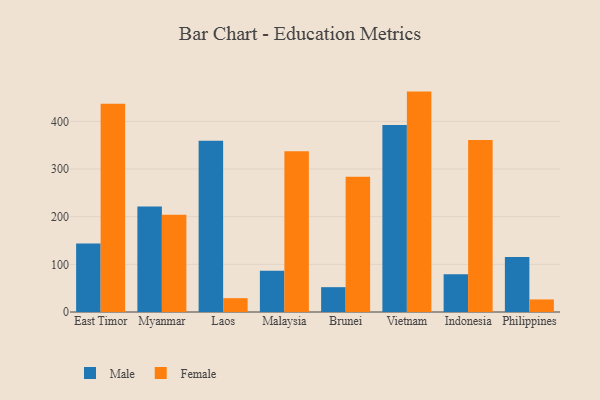
{"axis": {"x": "Country", "y": "Production Output"}, "legend": ["Female", "Male"], "data": [{"x": "East Timor", "y": 143.7, "type": "Male"}, {"x": "East Timor", "y": 437.1, "type": "Female"}, {"x": "Myanmar", "y": 221.5, "type": "Male"}, {"x": "Myanmar", "y": 204.0, "type": "Female"}, {"x": "Laos", "y": 359.1, "type": "Male"}, {"x": "Laos", "y": 29.0, "type": "Female"}, {"x": "Malaysia", "y": 86.6, "type": "Male"}, {"x": "Malaysia", "y": 337.0, "type": "Female"}, {"x": "Brunei", "y": 52.1, "type": "Male"}, {"x": "Brunei", "y": 283.5, "type": "Female"}, {"x": "Vietnam", "y": 392.2, "type": "Male"}, {"x": "Vietnam", "y": 462.4, "type": "Female"}, {"x": "Indonesia", "y": 79.3, "type": "Male"}, {"x": "Indonesia", "y": 360.9, "type": "Female"}, {"x": "Philippines", "y": 115.2, "type": "Male"}, {"x": "Philippines", "y": 26.4, "type": "Female"}]}